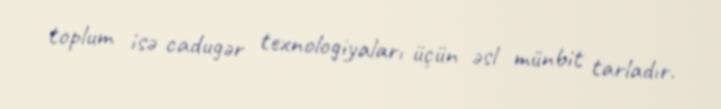
toplum isə cadugər texnologiyaları üçün əsl münbit tarladır.